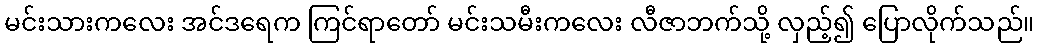
မင်းသားကလေး အင်ဒရေက ကြင်ရာတော် မင်းသမီးကလေး လီဇာဘက်သို့ လှည့်၍ ပြောလိုက်သည်။